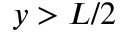
y > L / 2